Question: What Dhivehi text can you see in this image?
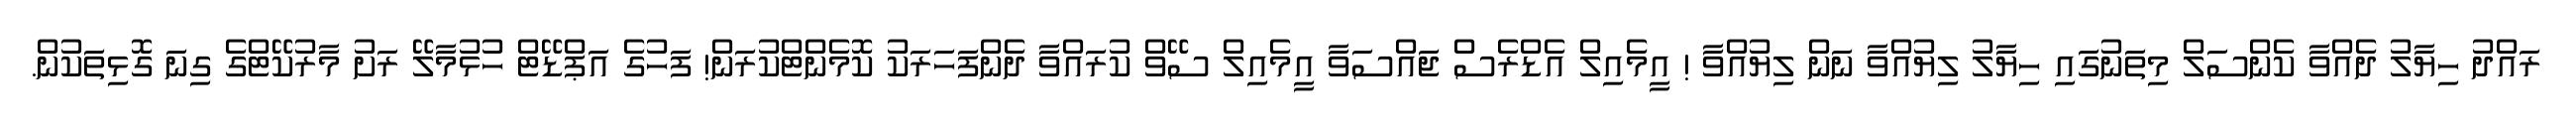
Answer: ރައްދު ހިޔާލު ދެއްވާ ކެންސަލް މިތަނުގައި ހިޔާލު ލިޔުއްވާ ނަން ލިޔުއްވާ ! އީމެއިލް އެޑްރެސް ޖައްސަވާ އީމެއިލް ސޭވް ކުރައްވާ ދެންފަހަރަކު ކޮމެންޓްކުރަން! ފަހުގެ އަޕްޑޭޓް ހުޅުމާލޭ ރަށު މާރުކޭޓްގެ ގިނަ ގޮޅިތަކުން.